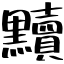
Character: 黷